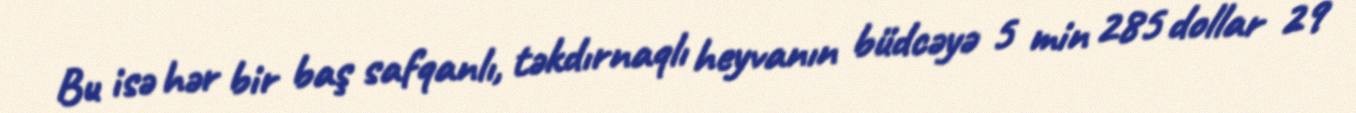
Bu isə hər bir baş safqanlı, təkdırnaqlı heyvanın büdcəyə 5 min 285 dollar 29